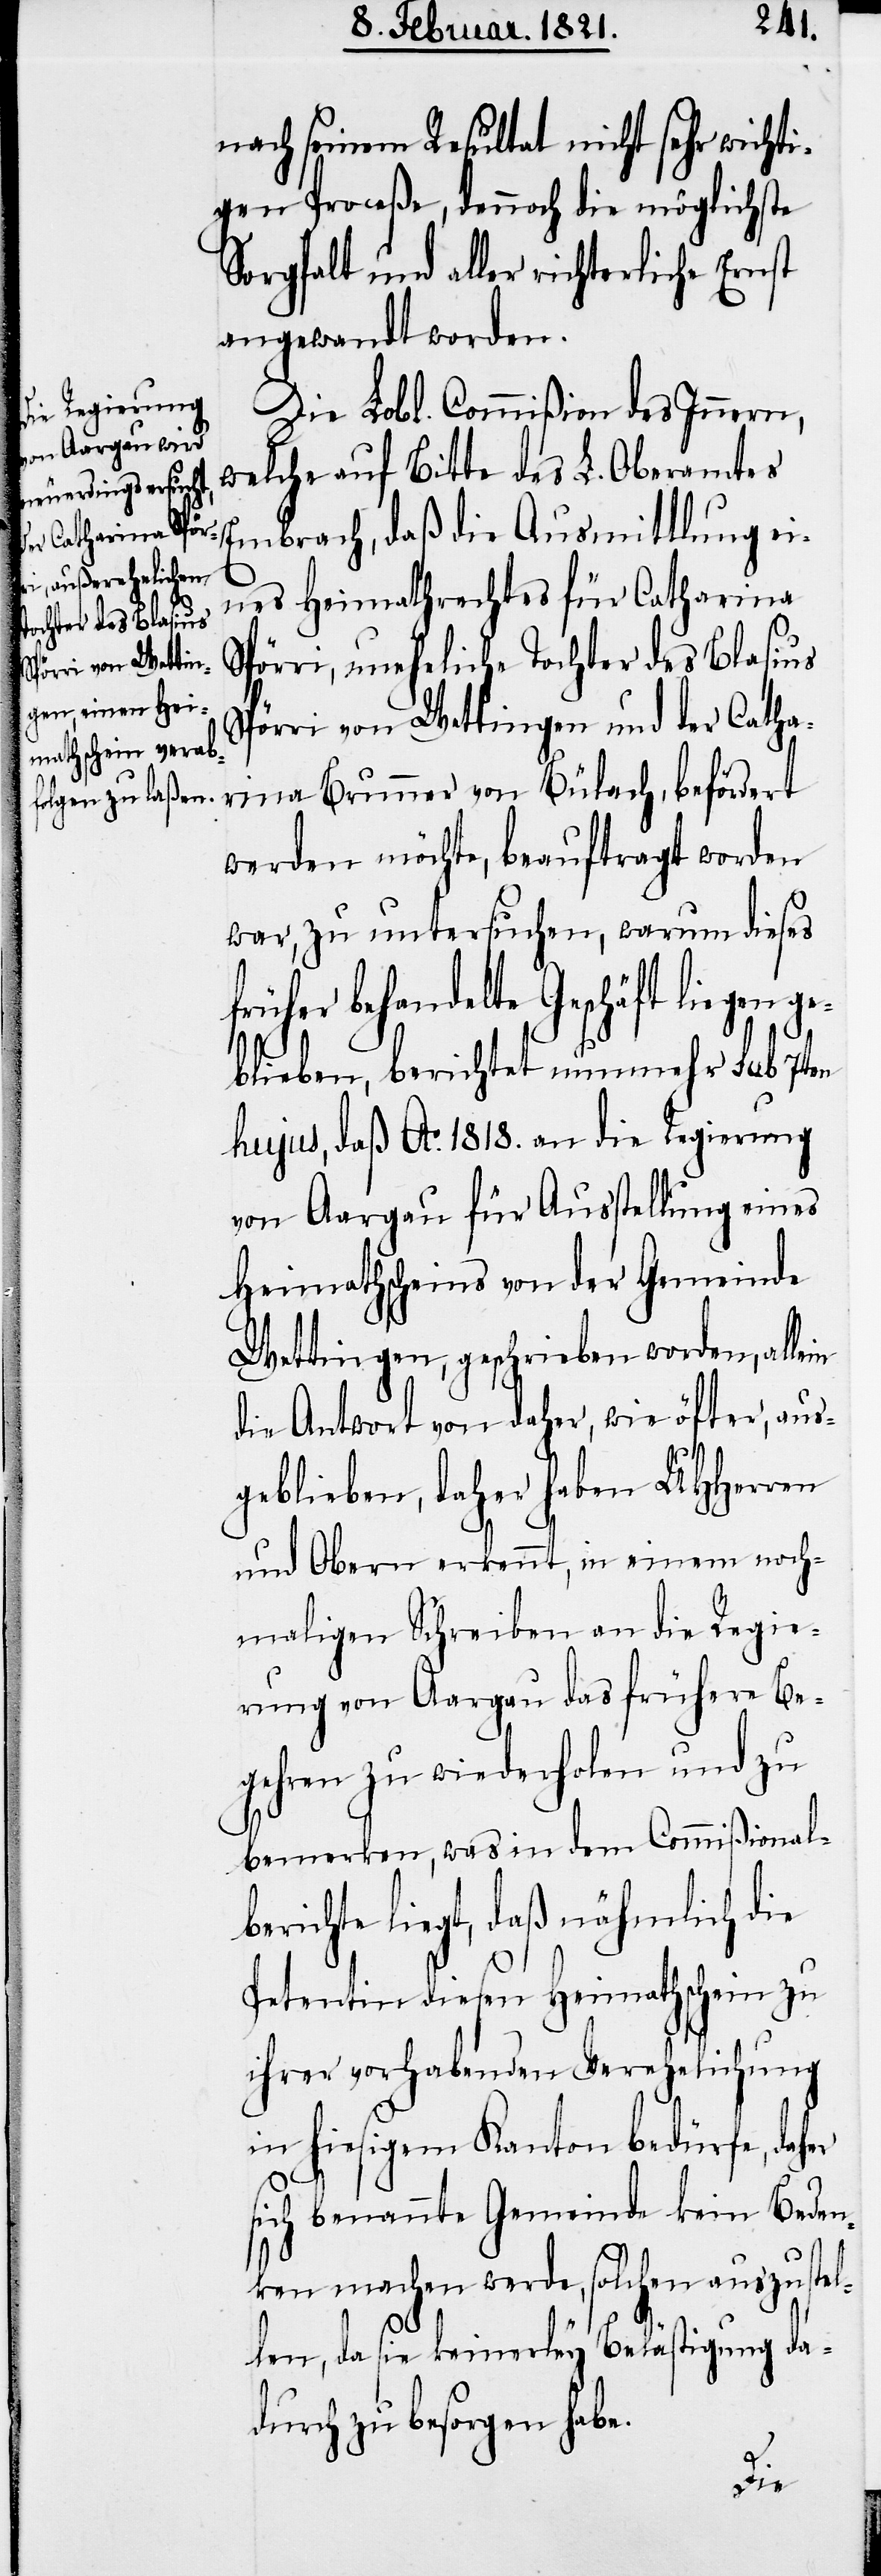
nach seinem Resultat nicht sehr wichti¬
gen Proceße, dennoch die möglichste
Sorgfalt und aller richterliche Ernst
angewandt worden.
Die Lobl. Commißion des Innern,
welche auf Bitte des L. Oberamtes
Embrach, daß die Ausmittlung ei¬
nes Heimathrechtes für Catharina
Spörri, uneheliche Tochter des Blasius
Spörri von Wettingen und der Catha¬
rina Brunner von Bülach, befördert
werden möchte, beauftragt worden
war, zu untersuchen, warum dieses
behandelte Geschäft liegen
geblieben, berichtet nunmehr sub 7ten
hujus, daß Ao. 1818. an die Regierung
von Aargau für Ausstellung eines
Heimathscheins von der Gemeinde
Wettingen, geschrieben worden, allein
die Antwort von daher, wie öfter, aus¬
geblieben, daher haben UHHerren
und Obern erkennt, in einem noch¬
maligen Schreiben an die Regie¬
rung von Aargau das frühere Be¬
gehren zu wiederholen und zu
bemerken, was in dem Commißional¬
berichte liegt, daß nähmlich die
Petentin diesen Heimathschein zu
ihrer vorhabenden Verehelichung
in hiesigem Kanton bedürfe, daher
sich benannte Gemeinde kein Beden¬
ken machen werde, solchen auszustel¬
len, da sie keinerley Belästigung da¬
durch zu besorgen habe.